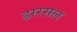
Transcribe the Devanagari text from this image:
डारसल